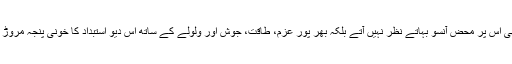
مگر وہ کہیں بھی اس پر محض آنسو بہاتے نظر نہیں آّتے بلکہ بھر پور عزم، طاقت، جوش اور ولولے کے ساتھ اس دیو استبداد کا خونی پنجہ مروڑ دینا چاہتے ہیں۔